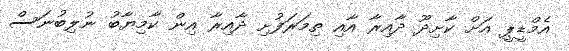
އެމްޑީޕީ އަށް ކާށިދޫ ދާއިރާ އާއި ތިމަރަފުށި ދާއިރާ އިން ކާމިޔާބު ނުލިބުނަސް